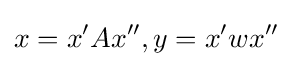
x=x'Ax'',y=x'wx''